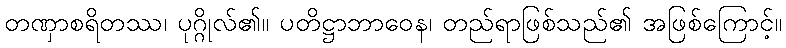
တဏှာစရိတဿ၊ ပုဂ္ဂိုလ်၏။ ပတိဋ္ဌာဘာဝေန၊ တည်ရာဖြစ်သည်၏ အဖြစ်ကြောင့်။